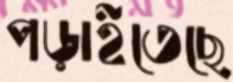
পড়াইতেছে